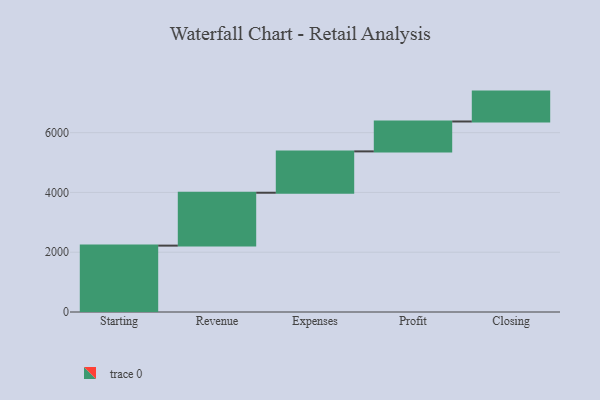
{"axis": {"x": "Step", "y": "Value"}, "legend": [""], "data": [{"x": "Starting", "y": 2221.0, "type": ""}, {"x": "Revenue", "y": 1769.0, "type": ""}, {"x": "Expenses", "y": 1384.0, "type": ""}, {"x": "Profit", "y": 1000, "type": ""}, {"x": "Closing", "y": 1000, "type": ""}]}